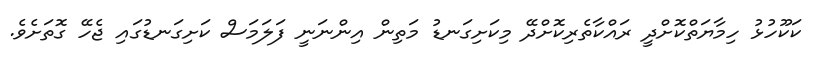
ކަކޫހުޅު ހިމާޔަތްކޮށްދީ ރައްކާތެރިކޮށްދޭ މިކަށިގަނޑު މަތިން އިންނަނީ ފަލަމަސް ކަށިގަނޑުގައި ޖެހޭ ގޮތަށެވެ.